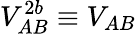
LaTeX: V_{AB}^{2b}\equiv V_{AB}